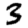
Digit: 3